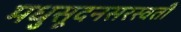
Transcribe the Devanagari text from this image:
मधुसूदनसरस्वती